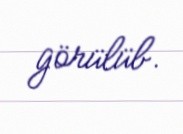
görülüb.